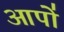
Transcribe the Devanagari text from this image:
आपो॑